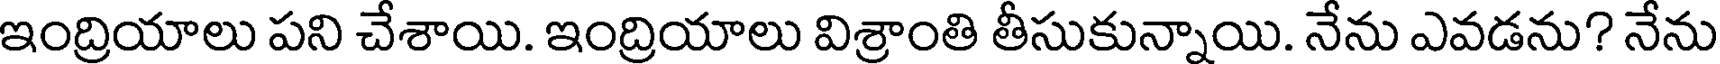
ఇంద్రియాలు పని చేశాయి. ఇంద్రియాలు విశ్రాంతి తీసుకున్నాయి. నేను ఎవడను? నేను